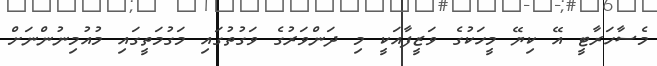
މެސާހަރާޓީ އޭ ކިޔޭ މީހަކުގެ ވަޒީފާއަކީ މި ދަންވަރުގެ ވަގުތުގައި މަގުމަތީގައި މުއުމިނުންނަށް